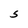
Character: S